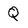
Character: Q